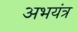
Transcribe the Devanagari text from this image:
अभयंत्र